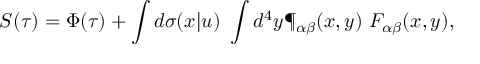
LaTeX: S ( \tau ) = \Phi ( \tau ) + \int d \sigma ( x | u ) \ \int d ^ { 4 } y \P _ { \alpha \beta } ( x , y ) \ F _ { \alpha \beta } ( x , y ) ,